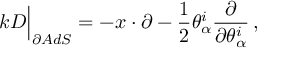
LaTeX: k D \Big \vert _ { \partial A d S } = - x \cdot \partial - \frac { 1 } { 2 } \theta _ { \alpha } ^ { i } \frac { \partial } { \partial \theta _ { \alpha } ^ { i } } \, ,